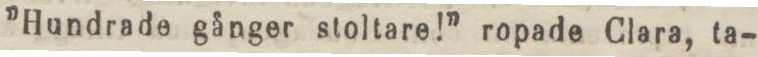
”Hundrade gånger stoltare!” ropade Clara, ta-